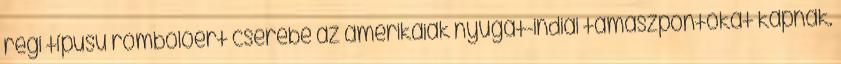
régi típusú rombolóért cserébe az amerikaiak nyugat-indiai támaszpontokat kapnak.